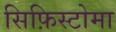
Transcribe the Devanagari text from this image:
सिफ़िस्टोमा